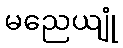
မညေယျုံ